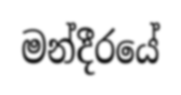
මන්දීරයේ